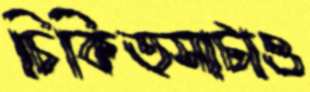
চিকিত্সাটাও